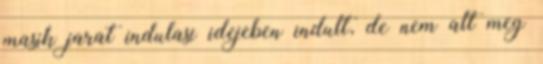
masik jarat indulasi idejeben indult, de nem alt meg